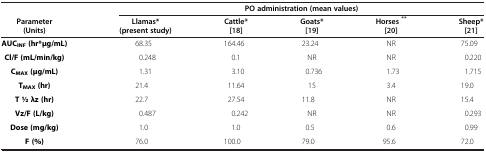
<table><thead><tr><td><b> </b></td><td colspan="5"><b>PO administration (mean values)</b></td></tr><tr><td><b>Parameter</b></td><td><b>Llamas*</b></td><td><b>Cattle*</b></td><td><b>Goats*</b></td><td><b>Horses<sup>**</sup></b></td><td><b>Sheep*</b></td></tr><tr><td><b>(Units)</b></td><td><b>(present study)</b></td><td><b>[18]</b></td><td><b>[19]</b></td><td><b>[20]</b></td><td><b>[21]</b></td></tr></thead><tbody><tr><td><b>AUC</b><sub><b>INF</b></sub><b>(hr*μg/mL)</b></td><td>68.35</td><td>164.46</td><td>23.24</td><td>NR</td><td>75.09</td></tr><tr><td><b>Cl/F (mL/min/kg)</b></td><td>0.248</td><td>0.1</td><td>NR</td><td>NR</td><td>0.220</td></tr><tr><td><b>C</b><sub><b>MAX</b></sub><b>(μg/mL)</b></td><td>1.31</td><td>3.10</td><td>0.736</td><td>1.73</td><td>1.715</td></tr><tr><td><b>T</b><sub><b>MAX</b></sub><b>(hr)</b></td><td>21.4</td><td>11.64</td><td>15</td><td>3.4</td><td>19.0</td></tr><tr><td><b>T 1⁄2 λz (hr)</b></td><td>22.7</td><td>27.54</td><td>11.8</td><td>NR</td><td>15.4</td></tr><tr><td><b>Vz/F (L/kg)</b></td><td>0.487</td><td>0.242</td><td>NR</td><td>NR</td><td>0.293</td></tr><tr><td><b>Dose (mg/kg)</b></td><td>1.0</td><td>1.0</td><td>0.5</td><td>0.6</td><td>0.99</td></tr><tr><td><b>F (%)</b></td><td>76.0</td><td>100.0</td><td>79.0</td><td>95.6</td><td>72.0</td></tr></tbody></table>